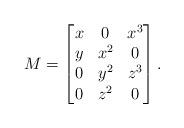
LaTeX: \begin{align*}M = \begin{bmatrix}x&0&x^3\\y&x^2&0\\0&y^2&z^3\\0&z^2&0\end{bmatrix}.\end{align*}